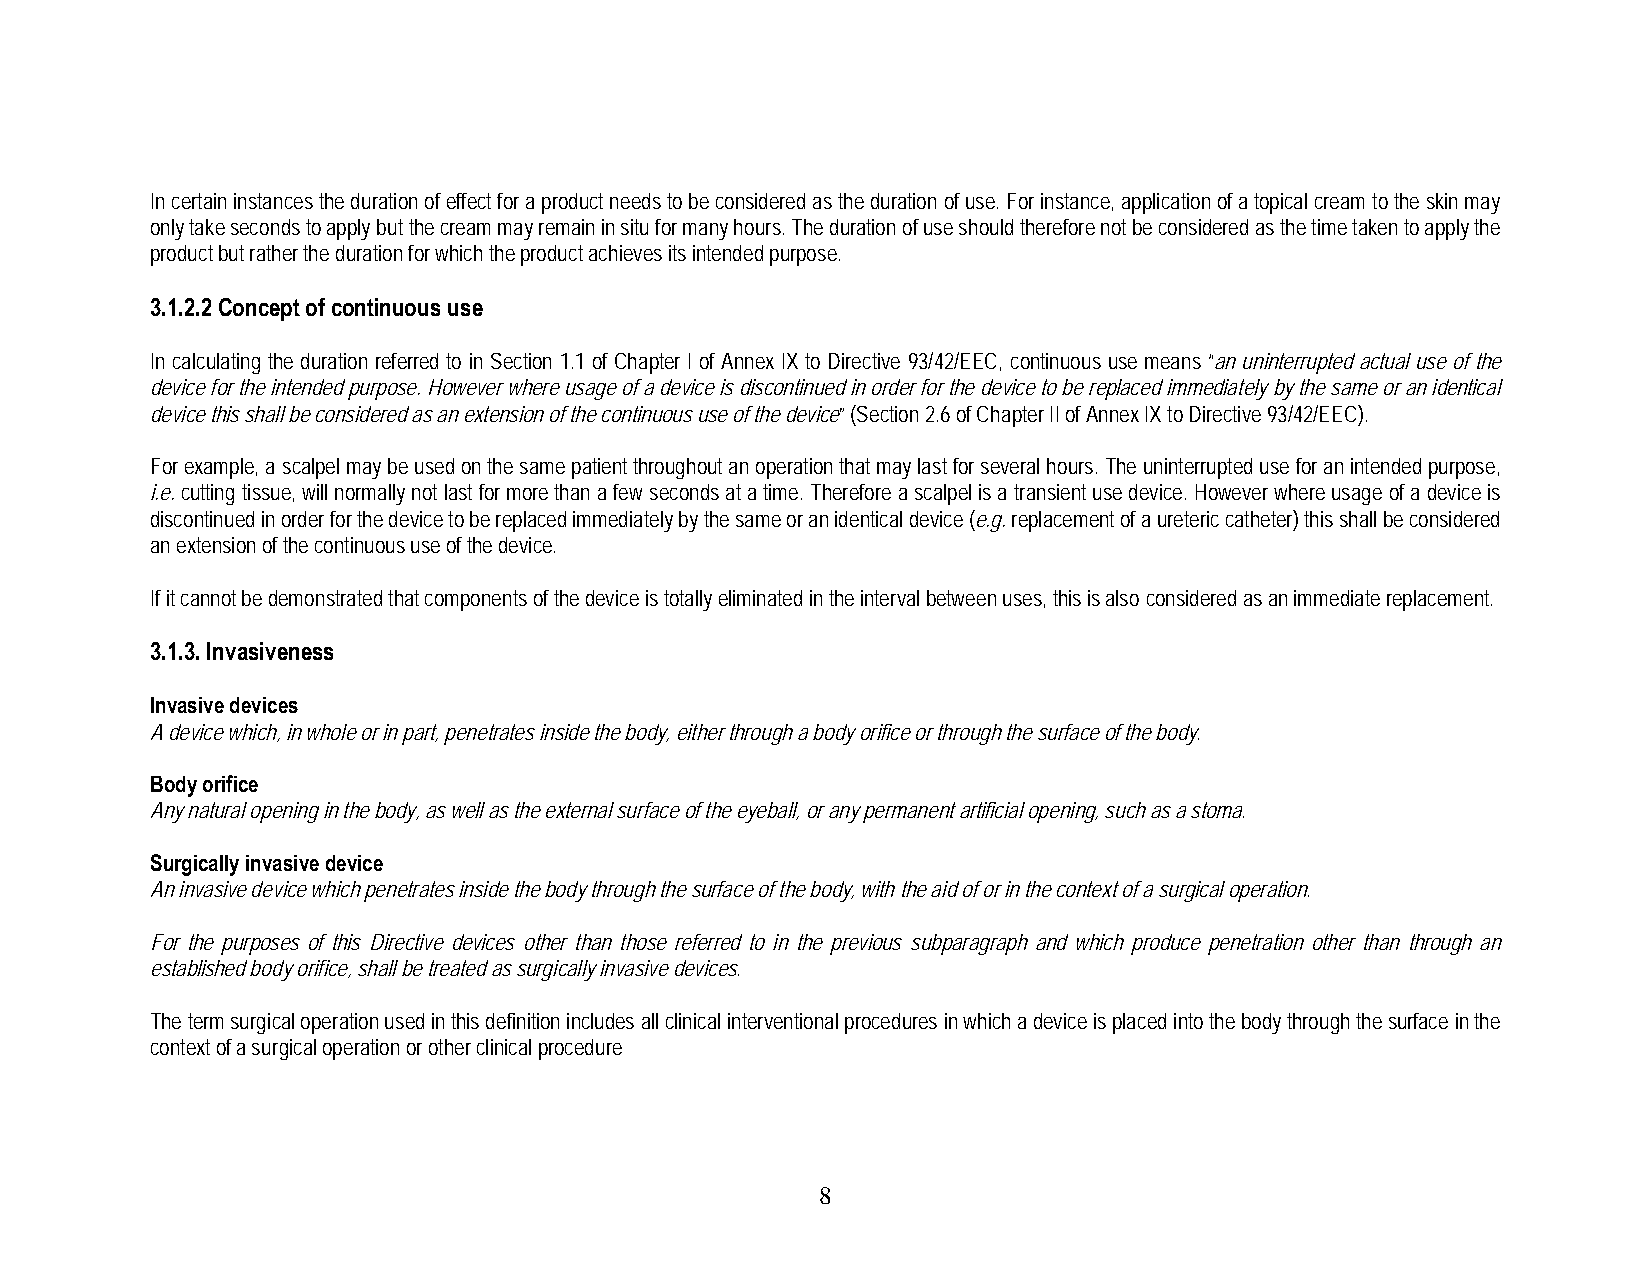
In certain instances the duration of effect for a product needs to be considered as the duration of use. For instance, application of a topical cream to the skin may
 only take seconds to apply but the cream may remain in situ for many hours. The duration of use should therefore not be considered as the time taken to apply the
 product but rather the duration for which the product achieves its intended purpose.
 3.1.2.2 Concept of continuous use
 In calculating the duration referred to in Section 1.1 of Chapter I of Annex IX to Directive 93/42/EEC, continuous use means “an uninterrupted actual use of the
 device for the intended purpose. However where usage of a device is discontinued in order for the device to be replaced immediately by the same or an identical
 device this shall be considered as an extension of the continuous use of the device” (Section 2.6 of Chapter II of Annex IX to Directive 93/42/EEC).
 For example, a scalpel may be used on the same patient throughout an operation that may last for several hours. The uninterrupted use for an intended purpose,
 i.e. cutting tissue, will normally not last for more than a few seconds at a time. Therefore a scalpel is a transient use device. However where usage of a device is
 discontinued in order for the device to be replaced immediately by the same or an identical device (e.g. replacement of a ureteric catheter) this shall be considered
 an extension of the continuous use of the device.
 If it cannot be demonstrated that components of the device is totally eliminated in the interval between uses, this is also considered as an immediate replacement.
 3.1.3. Invasiveness
 Invasive devices
 A device which, in whole or in part, penetrates inside the body, either through a body orifice or through the surface of the body.
 Body orifice
 Any natural opening in the body, as well as the external surface of the eyeball, or any permanent artificial opening, such as a stoma.
 Surgically invasive device
 An invasive device which penetrates inside the body through the surface of the body, with the aid of or in the context of a surgical operation.
 For the purposes of this Directive devices other than those referred to in the previous subparagraph and which produce penetration other than through an
 established body orifice, shall be treated as surgically invasive devices.
 The term surgical operation used in this definition includes all clinical interventional procedures in which a device is placed into the body through the surface in the
 context of a surgical operation or other clinical procedure
 8